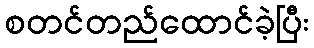
စတင်တည်ထောင်ခဲ့ပြီး